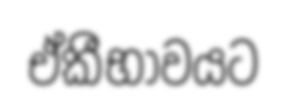
ඒකීභාවයට